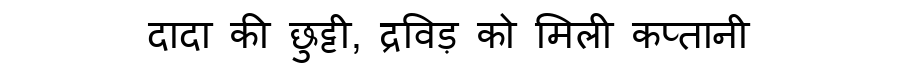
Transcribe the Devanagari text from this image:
दादा की छुट्टी, द्रविड़ को मिली कप्तानी